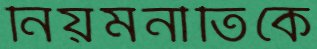
নিয়মনীতিকে